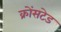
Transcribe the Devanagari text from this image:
क्रोंसटेड